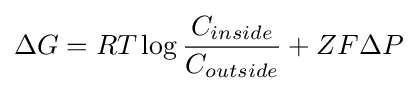
\Delta G=RT\log {\frac {C_{inside}}{C_{outside}}}+ZF\Delta P